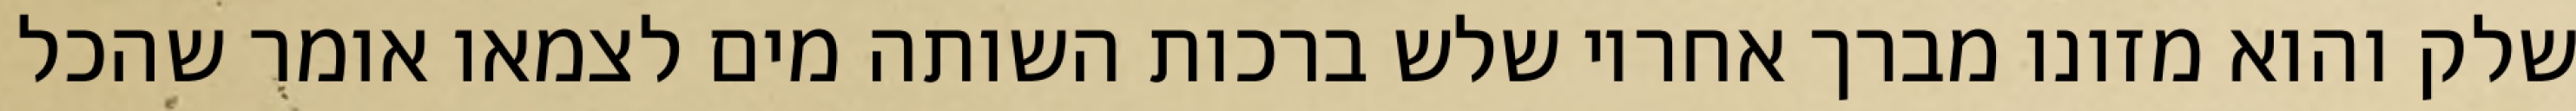
שלק והוא מזונו מברך אחריו שלש ברכות השותה מים לצמאו אומר שהכל